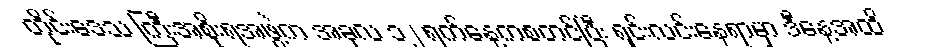
တိုင်းဒေသ ကြီးအစိုးရအဖွဲ့က အခုလ ၁၂ ရက်နေ့ကစတင်ပြီး ရှင်းလင်းနေရာမှာ ဒီနေ့အထိ